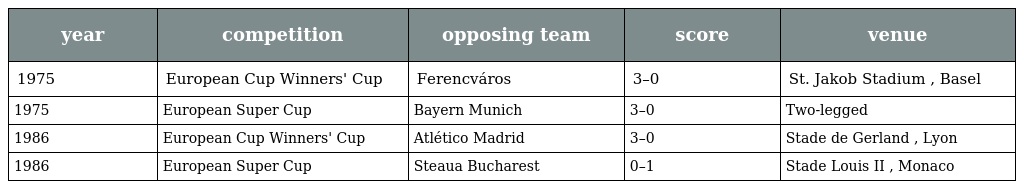
| year | competition | opposing team | score | venue |
 | --- | --- | --- | --- | --- |
 | 1975 | European Cup Winners' Cup | Ferencváros | 3–0 | St. Jakob Stadium , Basel |
 | 1975 | European Super Cup | Bayern Munich | 3–0 | Two-legged |
 | 1986 | European Cup Winners' Cup | Atlético Madrid | 3–0 | Stade de Gerland , Lyon |
 | 1986 | European Super Cup | Steaua Bucharest | 0–1 | Stade Louis II , Monaco |